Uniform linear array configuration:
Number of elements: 4
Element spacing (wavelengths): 1
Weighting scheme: uniform
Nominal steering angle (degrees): -45
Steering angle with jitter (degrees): -45.075
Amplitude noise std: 0.05
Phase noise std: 0.05

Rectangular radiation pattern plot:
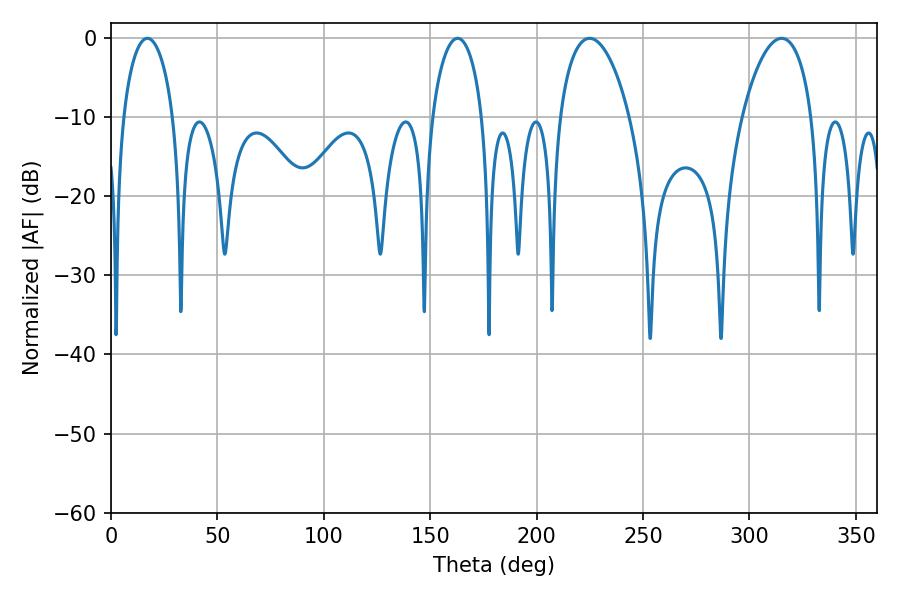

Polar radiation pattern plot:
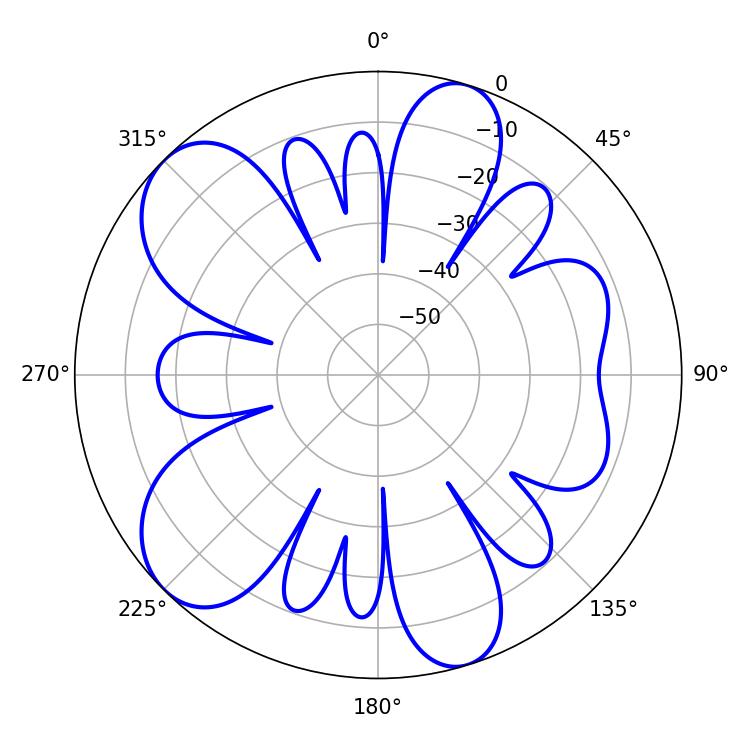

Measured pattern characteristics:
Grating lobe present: TRUE
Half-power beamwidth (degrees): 13.5
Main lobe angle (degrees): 162.9